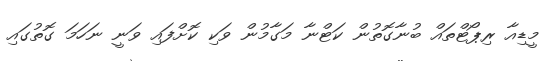
މީޑިއާ ރިޕޯޓްތައް ބުނާގޮތުން ކަޓްނާ މަގާމުން ވަކި ކޮށްފައި ވަނީ ނަހަމަ ގޮތުގައި